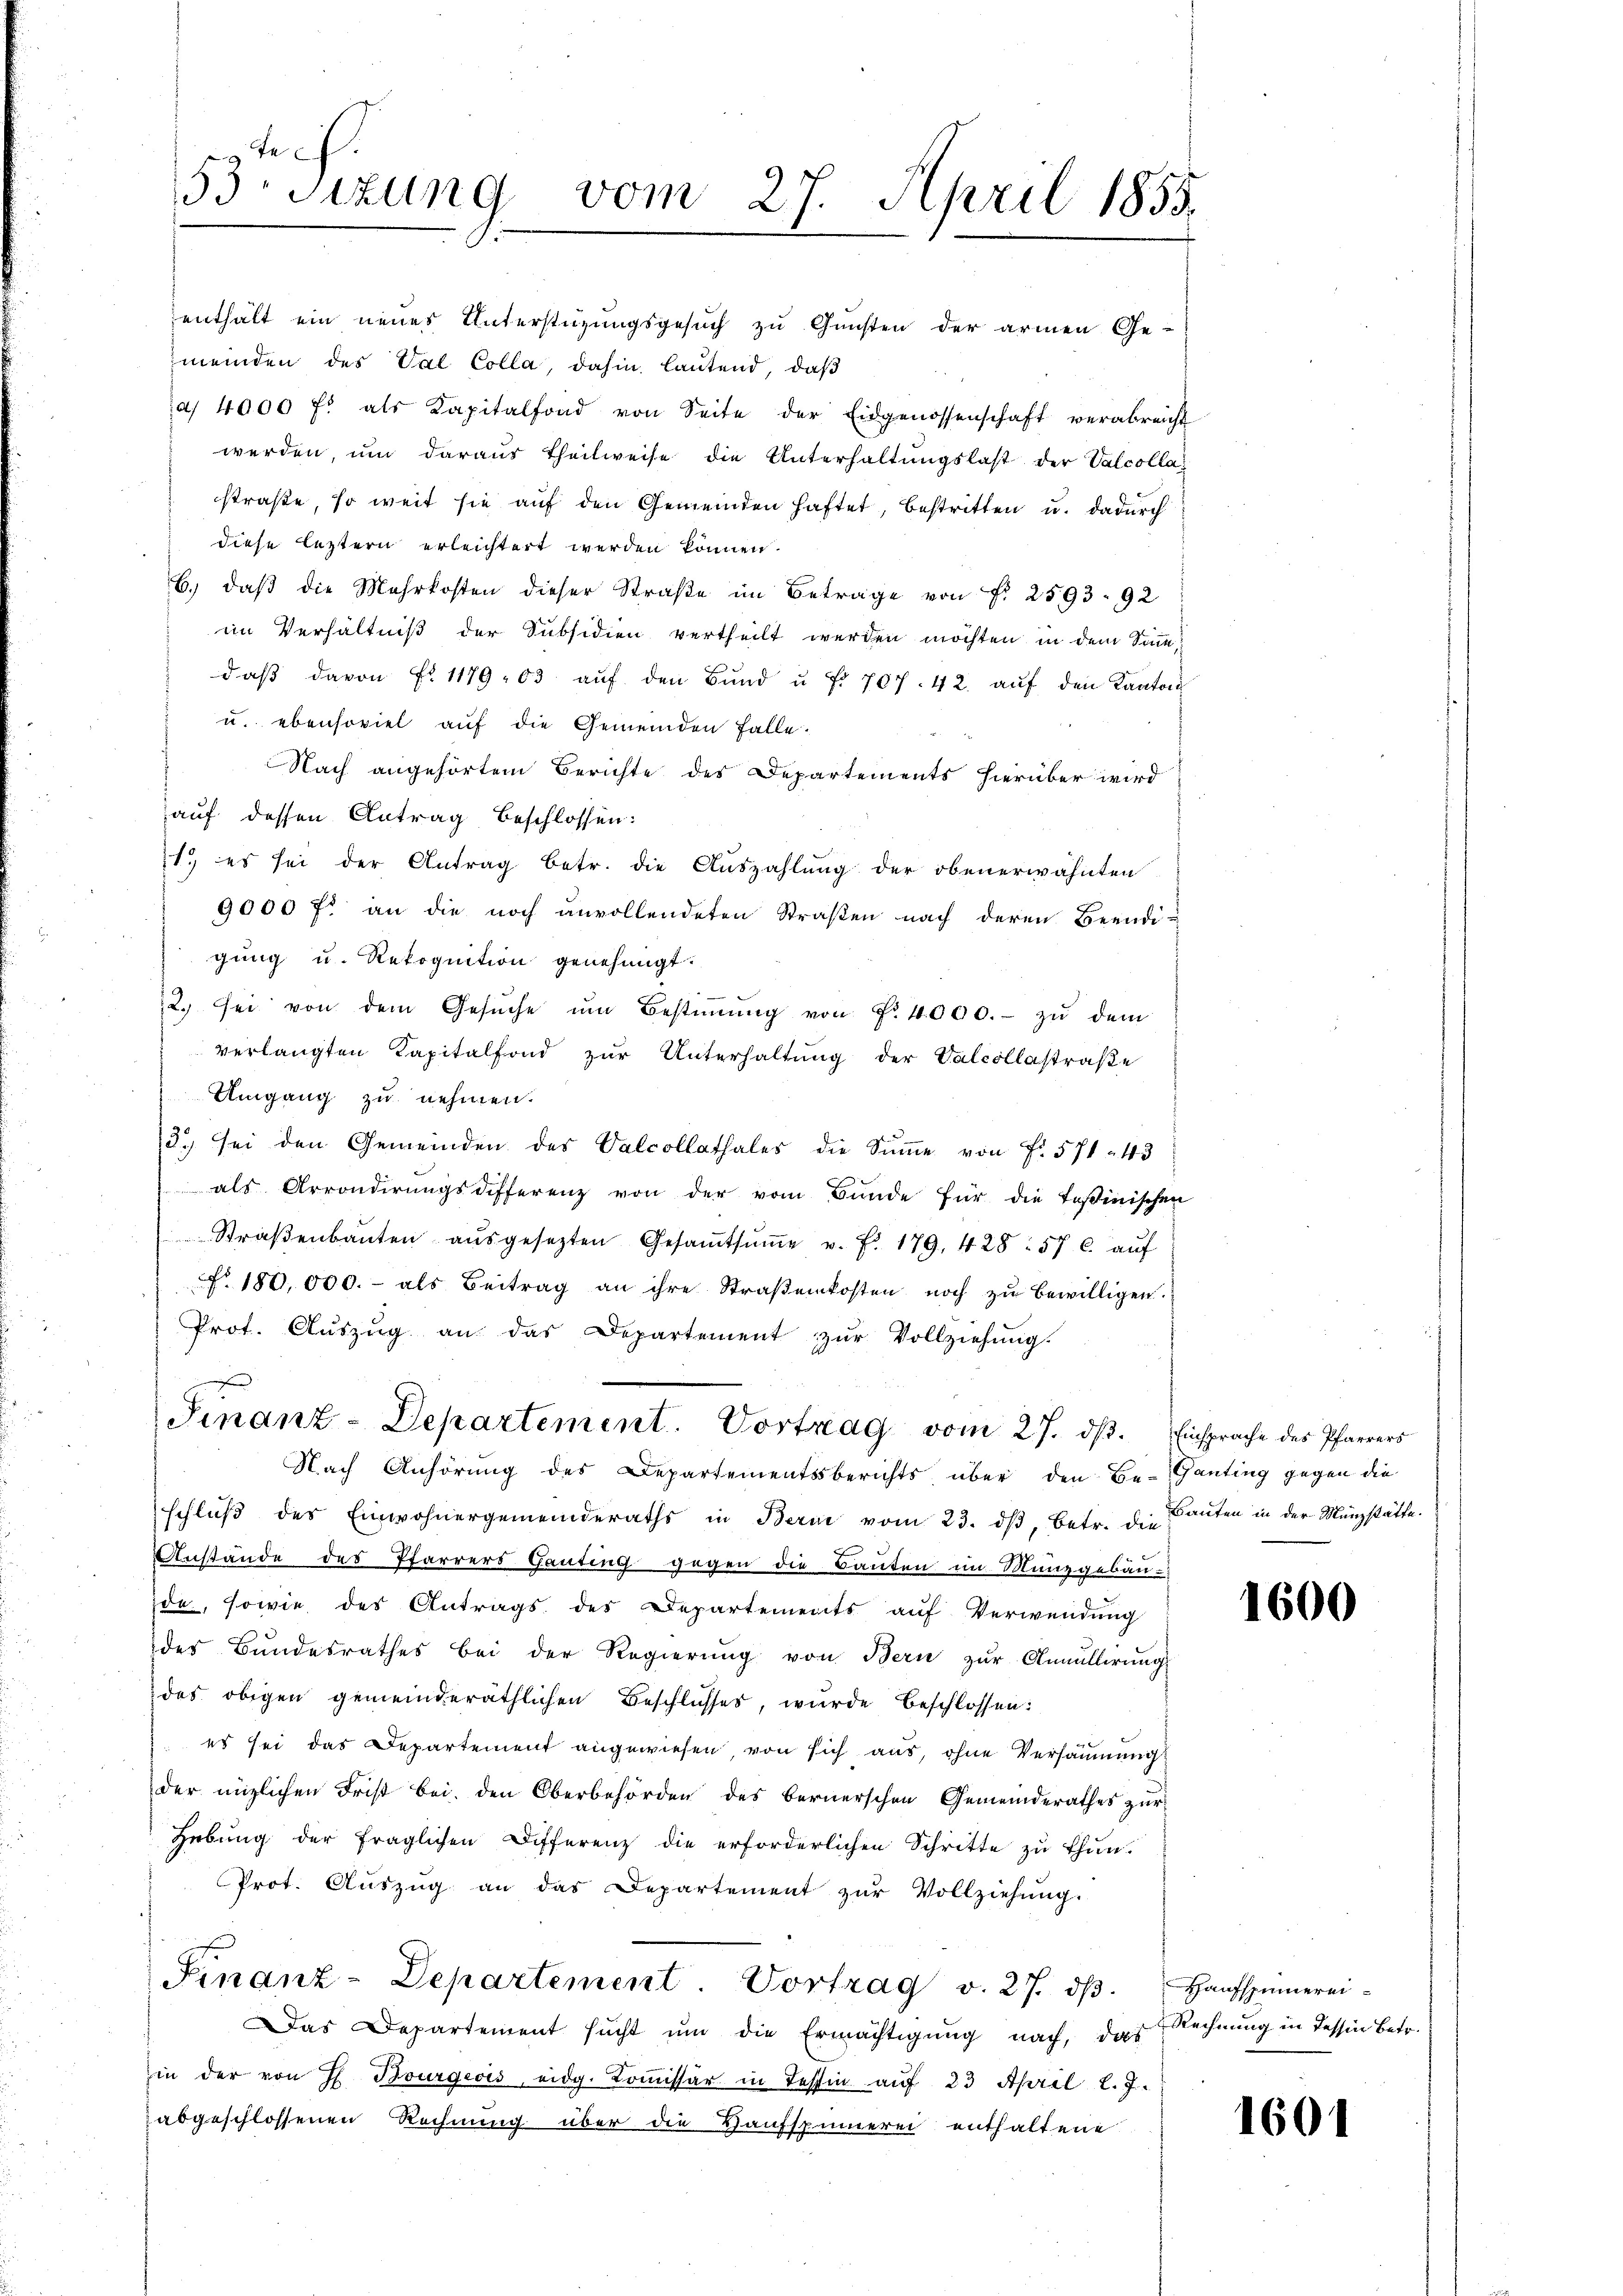
53 sizung vom 27. April 1855.

enthält ein neues Unterstüzungsgesuch zu Gunsten der armen Ge-
meinden des Val Colla, dahin lautend, daß
a 4000 fl als Kapitalfond von Seite der Eidgenossenschaft verabreicht
werden, um daraus theilweise die Unterhaltŭngslast der Valcollastraße, so weit sie auf den Gemeinden haftet, bestritten u. dadurch
diese leztern erleichtert werden können.
b.) daß die Mehrkosten dieser Straße im Betrage von Fr. 2593. 92
im Verhältniß der Subsidien vertheilt werden möchten in dem Sinn,
daβ davon Fr. 1179,03 aŭf den Bŭnd u. f. 707. 42. aŭf den Kanton
u. ebensoviel auf die Gemeinden Falle.
Nach angehörtem Berichte des Departements hierüber wird
auf dessen Antrag beschlossen:
1. es sei der Antrag betr. die Auszahlung der obenerwähnten
9000 fl an die noch anvollendeten Straßen nach deren Beendi-
gung u. Rekognition genehmigt.
2. sei von dem Gesŭche ŭm Bestiṁŭng von Nr. 4000.- zŭ dem
verlangten Kapitalfond zŭr Unterhaltŭng der Valcollastraβe
Umgang zu nehmen.
2.) Sei den Gemeinden des Valcollathales die Sŭṁe von Fr. 571. 43
als Arrondirŭngsdifferenz von der vom Bunde für die Teßinischen
Straβenbaŭten aŭsgesetzten Gesaṁtsŭṁe v. fr. 179. 428. 57 c. aŭf
No. 180,000.- als Beitrag an ihre Straβenkosten noch zŭ bewilligen.
Prot. Aŭszŭg an das Departement zŭr Vollziehŭng.
Finanz-Departement. Vortrag vom 27. ds. Einsprache des Pfarrers
Nach Anhörung des Departementsberichts über den Be-Ganting gegen die
schluß des Einwohnergemeinderaths in Bern vom 23. dβ, Betr. die Bauten in der Münzstätte.
Anstände des Pfarrers Ganting gegen die Bauten im Munzgebäu-
da, sowie des Antrags des Departements auf Verwendung
des Bundesrathes bei der Regierŭng von Bern zŭr Annullirŭng
das obigen gemeinderäthlichen Beschlusses, wurde beschlossen:
es sei das Departement angewiesen, von sich aus, ohne Versäumung
der nüzlichen Frist bei den Oberbehörden des bernerschen Gemeinderathes zŭr
Hebung der fraglichen Differenz die erforderlichen Schritte zu thun.
Prot. Aŭszŭg an das Departement zŭr Vollziehŭng.
Finanz-Departement. Vortrag v. 27. dβ. Haufspinnerei-
Das Departement sucht um die Ermächtigung nach, das Rechnung in Tessin Betr.
in der von H. Bourgeois eidg. Koṁissär in Tessin aŭf 23 April l. J.
abgeschlossenen Rechnung über die Haufspinnerei enthaltene

1600

1601